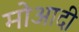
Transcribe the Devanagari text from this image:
मोआदी